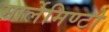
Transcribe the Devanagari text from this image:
मार्लेमिण्टो